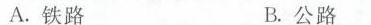
A.铁路 B.公路